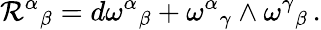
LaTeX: \mathcal{R}^{\alpha}{}_{\beta}=d\omega^{\alpha}{}_{\beta}+\omega^{\alpha}{}_{\gamma}\wedge\omega^{\gamma}{}_{\beta}\, .